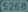
TheS28624